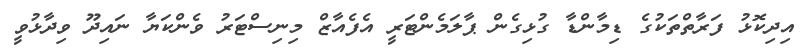
އިދިކޮޅު ފަރާތްތަކުގެ ޑިމާންޑާ ގުޅިގެން ޕާލަމެންޓަރީ އެފެއާޒް މިނިސްޓަރު ވެންކަޔާ ނައިދޫ ވިދާޅުވީ